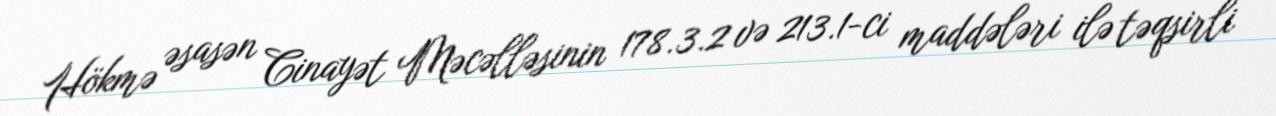
Hökmə əsasən Cinayət Məcəlləsinin 178.3.2 və 213.1-ci maddələri ilə təqsirli